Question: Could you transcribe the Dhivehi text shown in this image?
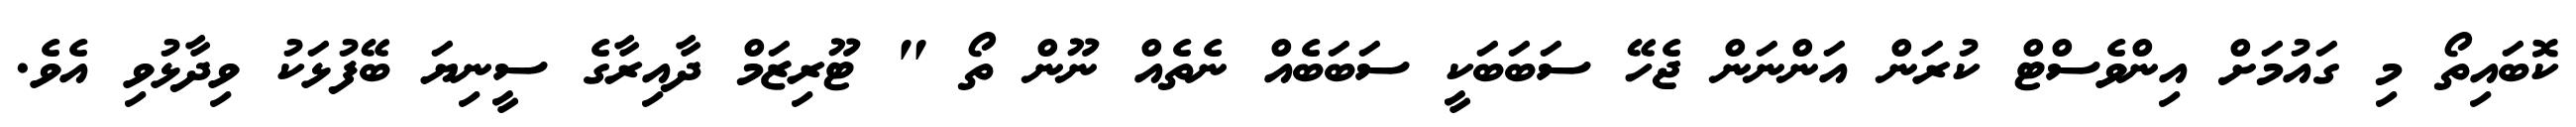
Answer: ކޮބައިތޯ މި ގައުމަށް އިންވެސްޓް ކުރަން އަންނަން ޖެހޭ ސަބަބަކީ ސަބަބެއް ނެތެއް ނޫން ތޯ " ޓޫރިޒަމް ދާއިރާގެ ސީނިޔަ ބޭފުޅަކު ވިދާޅުވި އެވެ.